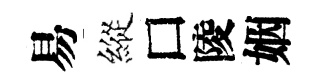
易縱□陵姻